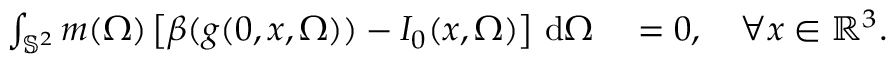
\begin{array} { r l } { \int _ { \mathbb S ^ { 2 } } m ( \Omega ) \left[ \beta ( g ( 0 , x , \Omega ) ) - I _ { 0 } ( x , \Omega ) \right] \, \mathrm { d } \Omega } & { { } = 0 , \quad \forall x \in \mathbb { R } ^ { 3 } . } \end{array}